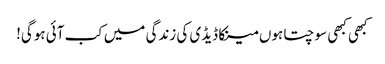
کبھی کبھی سوچتا ہوں مینکا ڈیڈی کی زندگی میں کب آئی ہوگی!